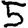
Digit: 5